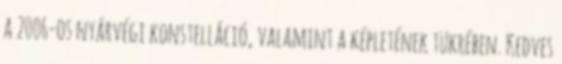
a 2006-os nyárvégi konstelláció, valamint a képletének tükrében. Kedves